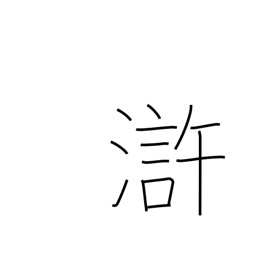
Meaning: vicinity